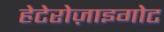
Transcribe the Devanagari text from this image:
हेटेरोज़ाइगोट